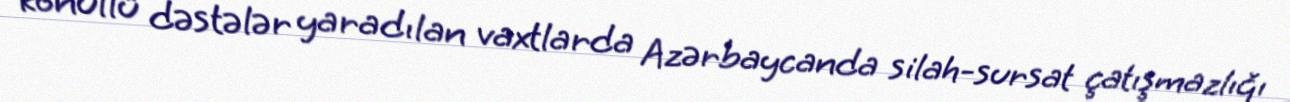
könüllü dəstələr yaradılan vaxtlarda Azərbaycanda silah-sursat çatışmazlığı